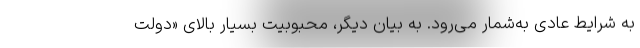
به شرایط عادی به‌شمار می‌رود. به بیان دیگر، محبوبیت بسیار بالای «دولت